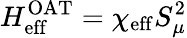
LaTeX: H_{\mathrm{eff}}^{\mathrm{OAT}}=\chi_{\mathrm{eff}}S_{\mu}^{2}